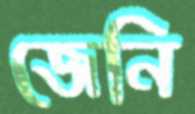
জেনি